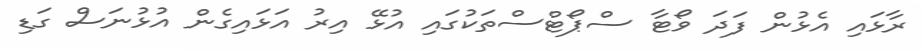
ރާޅައި އެޅުން ފަދަ ވޯޓާ ސްޕޯޓްސްތަކުގައި އުޅޭ އިރު އަޅައިގެން އުޅުނަސް ގަޑި